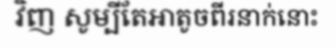
វិញ សូម្បីតែអាតូចពីរនាក់នោះ